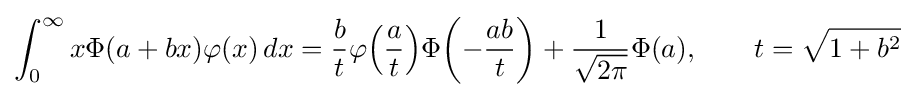
\int _{0}^{\infty }x\Phi (a+bx)\varphi (x)\,dx={\frac {b}{t}}\varphi {\left({\frac {a}{t}}\right)}\Phi {\left(-{\frac {ab}{t}}\right)}+{\frac {1}{\sqrt {2\pi }}}\Phi (a),\qquad t={\sqrt {1+b^{2}}}